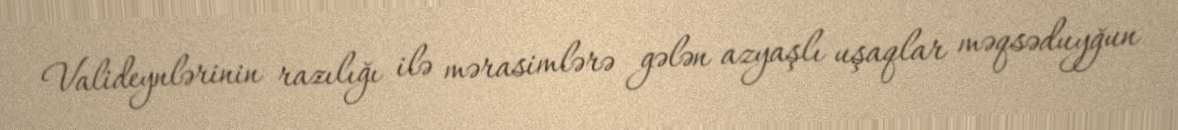
Valideynlərinin razılığı ilə mərasimlərə gələn azyaşlı uşaqlar məqsəduyğun